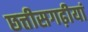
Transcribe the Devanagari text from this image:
छत्तीसगढ़ीयां